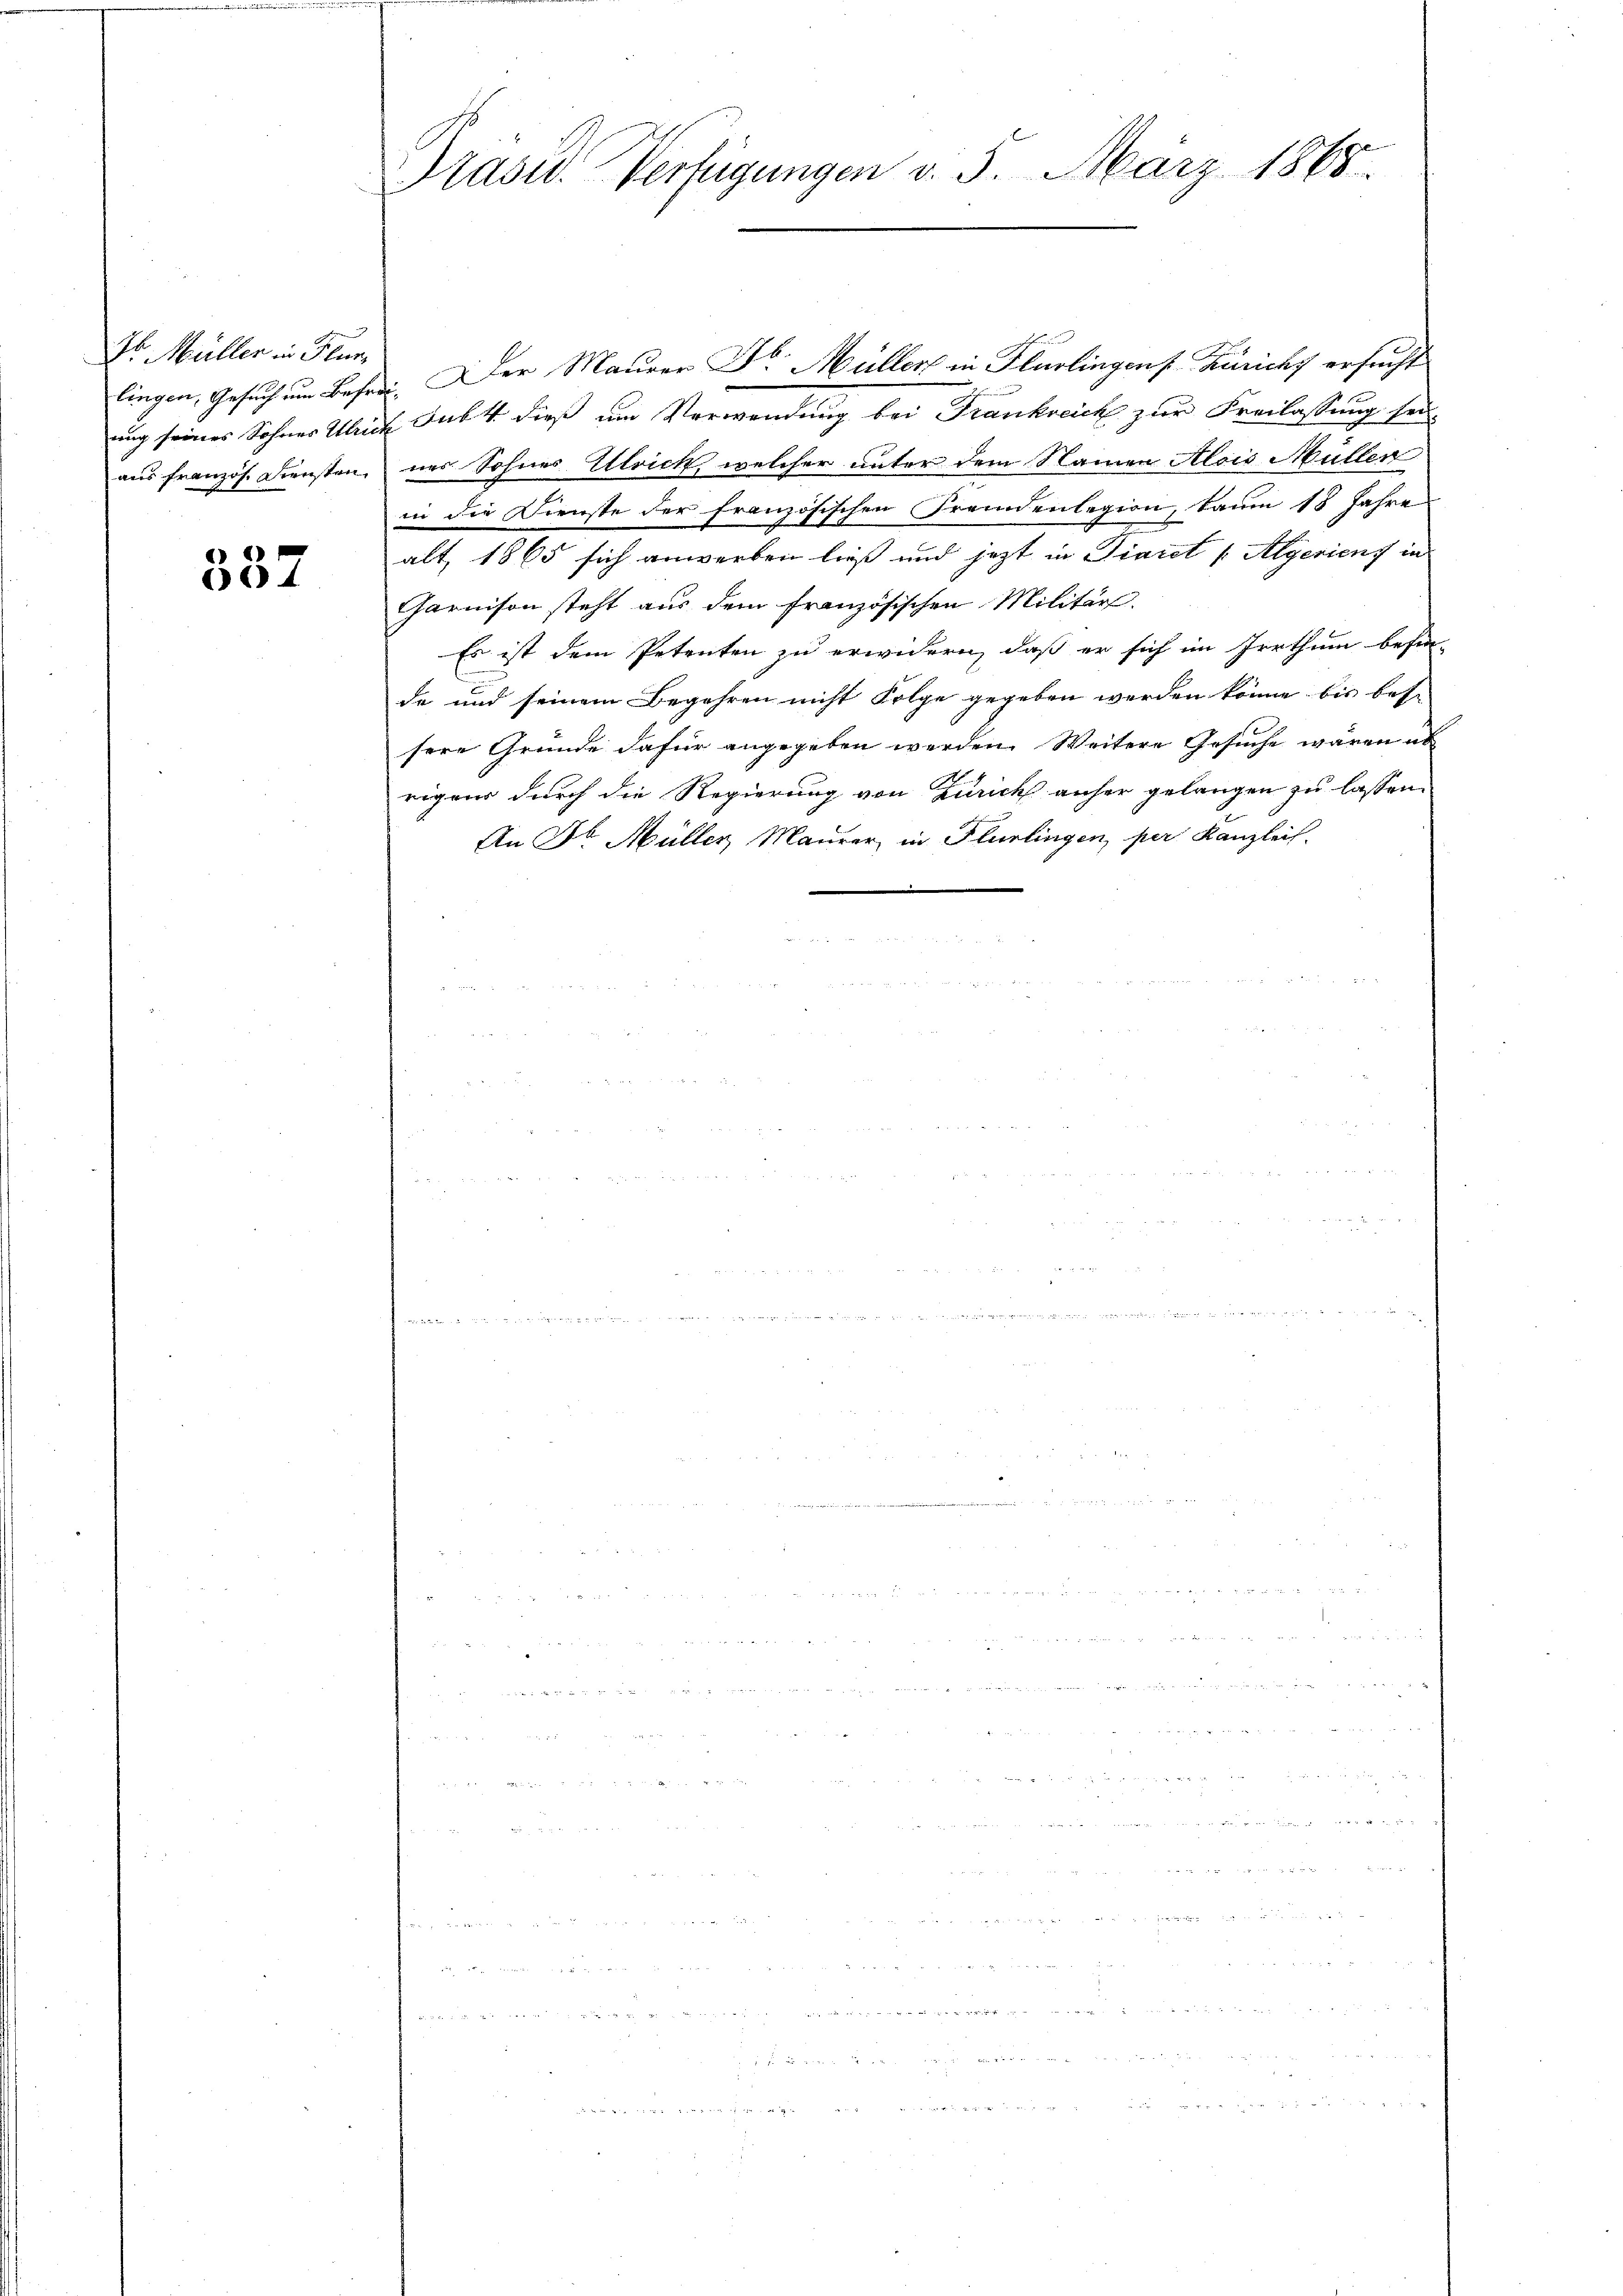
Dr. Müller in Flur,

337

Präsid. Verfügungen v. 5. März 1868.

lingen, Gesuch um Befrei. Der Maurer Dr. Müller in Flurlingens Züricht ersucht
ung seines Sohner Ulrich Subst dieß um Verwendung bei Frankreich zur Freilassung sei-
aus französ. Diensten, uns Sohnes Ulrich, welcher unter dem Namen Alois Müller
in die Dienste der französischen Fremdenlegion, kaum 18 Jahre
alt, 1865 sich anwerben ließ und jetzt in Diaret (Algerien in
Garnison steht aus dem französischen Militär.
Es ist dem Petenten zu erwidern, daß er sich im Irrthum befin-
de und seinem Begehren nicht Folge gegeben werden könne bis bes- |
sere Grunde dafür angegeben werden. Weitere Gesuche wären ab
rigens durch die Regierung von Zürich anher gelangen zu lassen.
An Dr. Müller Maurer, in Flurlingen, per Kanzlei.